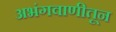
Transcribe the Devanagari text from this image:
अभंगवाणीतून